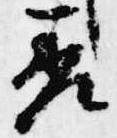
差